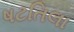
ષટતિલા